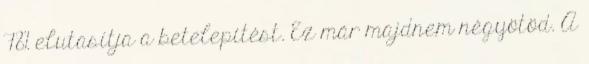
78% elutasítja a betelepítést. Ez már majdnem négyötöd. A